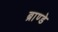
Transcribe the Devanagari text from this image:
ब्राण्डे